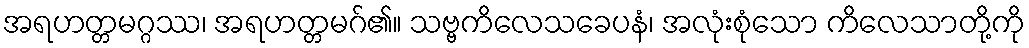
အရဟတ္တမဂ္ဂဿ၊ အရဟတ္တမဂ်၏။ သဗ္ဗကိလေသခေပနံ၊ အလုံးစုံသော ကိလေသာတို့ကို